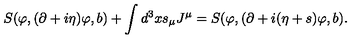
S ( \varphi , ( \partial + i \eta ) \varphi , b ) + \int d ^ { 3 } x s _ { \mu } J ^ { \mu } = S ( \varphi , ( \partial + i ( \eta + s ) \varphi , b ) .